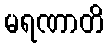
မရဏာတိ